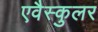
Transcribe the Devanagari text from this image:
एवैस्कुलर